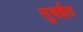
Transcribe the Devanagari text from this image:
मुबईत